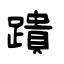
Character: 蹪